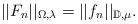
LaTeX: \begin{align*}||F_n||_{\Omega,\lambda}=||f_n||_{\mathbb{D},\mu}.\end{align*}